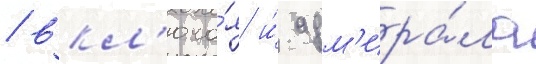
/ вкл'юча́я и́ адм'ира́ла